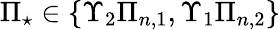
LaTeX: \Pi_{\star}\in\{ \Upsilon_{2}\Pi_{n,1},\Upsilon_{1}\Pi_{n,2}\}